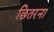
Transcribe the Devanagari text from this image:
छितरना